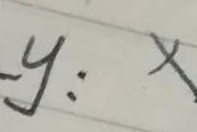
- y : x